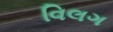
વિલગ